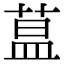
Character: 蒀